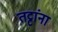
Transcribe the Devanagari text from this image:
तट्टांना